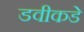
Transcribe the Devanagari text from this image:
डवीकडे